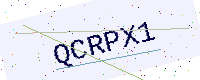
Text: QCRPX1